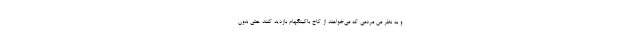
و به نظر من مردمی که می‌خواهند از کاخ باکینگهام بازدید کنند حتی بدون